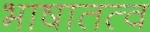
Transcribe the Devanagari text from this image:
भाषातत्व